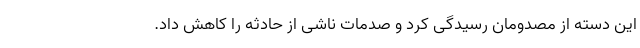
این دسته از مصدومان رسیدگی کرد و صدمات ناشی از حادثه را کاهش داد.